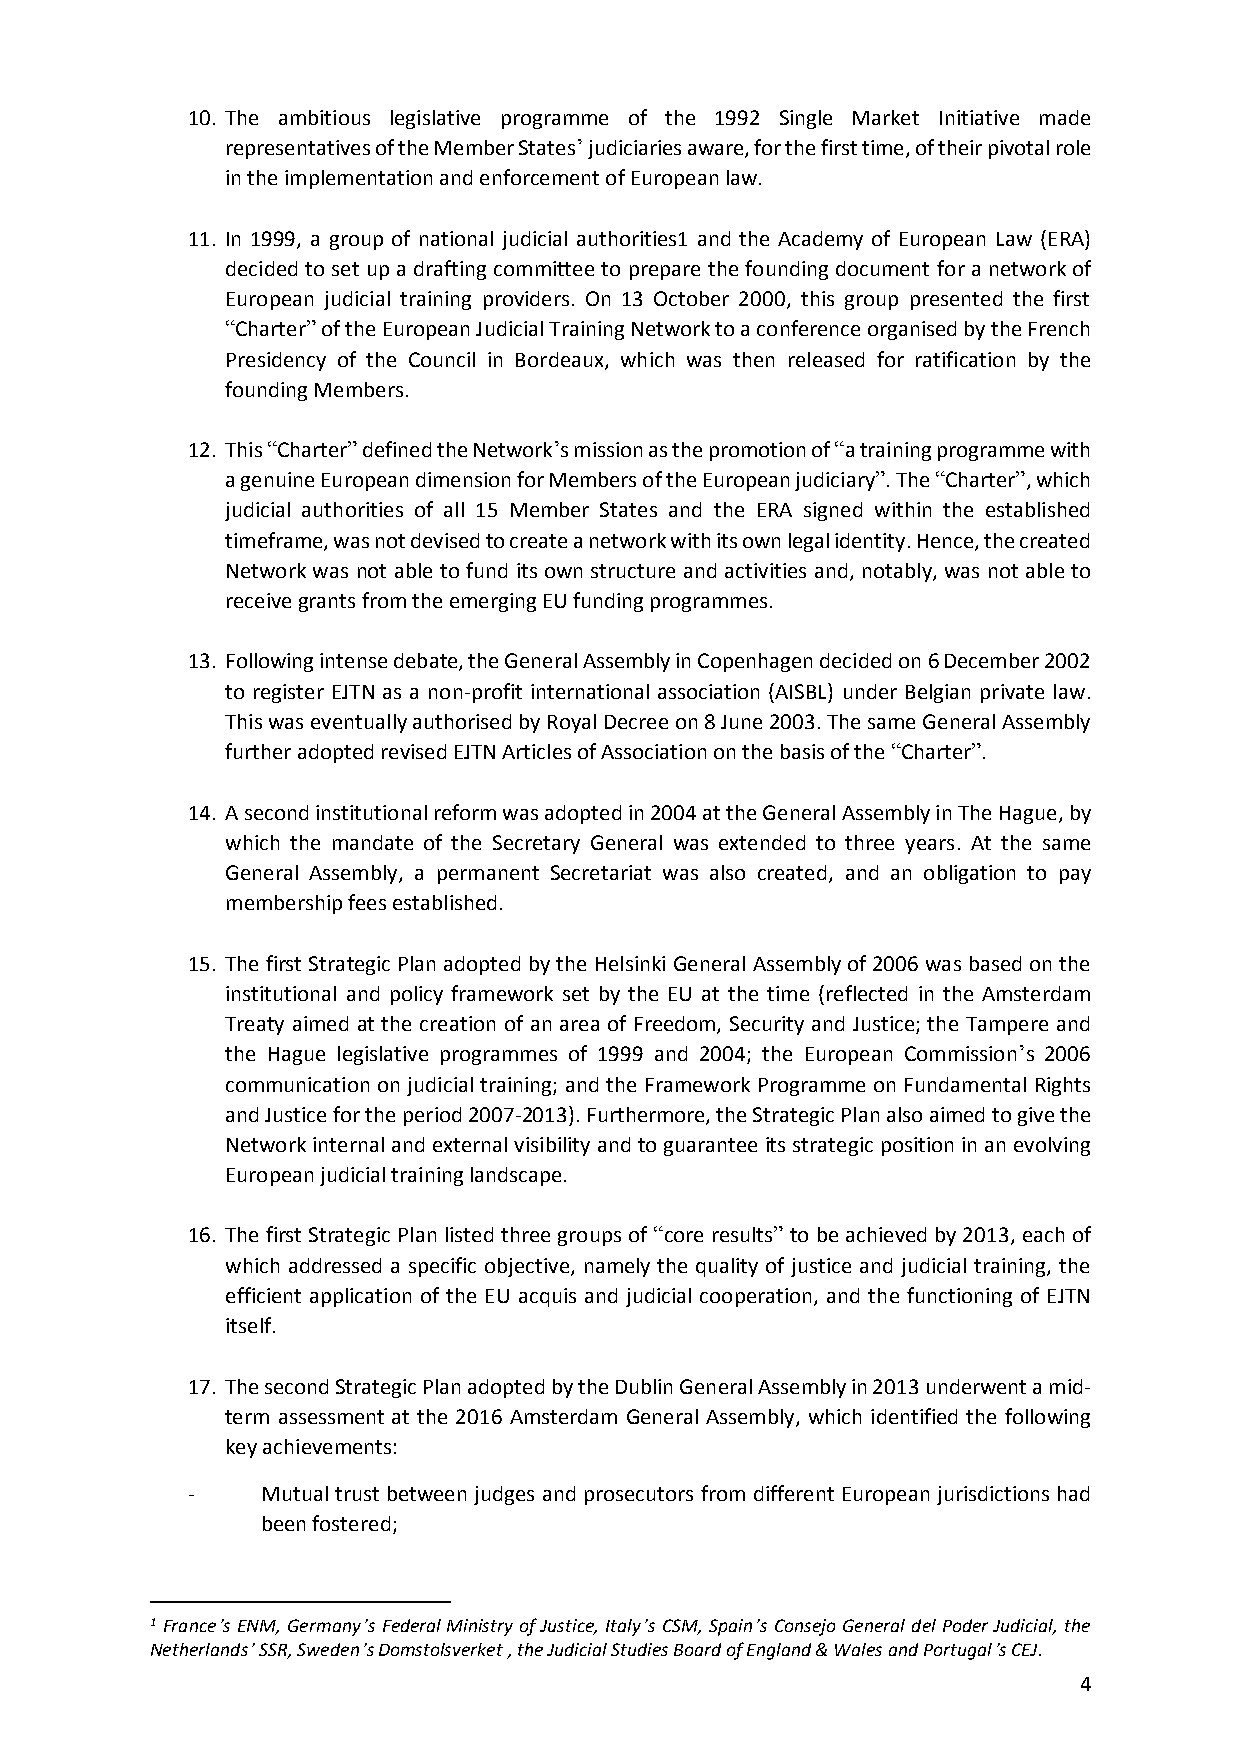
10. The ambitious legislative programme of the 1992 Single Market Initiative made
 representatives of the Member States’ judiciaries aware, for the first time, of their pivotal role
 in the implementation and enforcement of European law.
 11. In 1999, a group of national judicial authorities1 and the Academy of European Law (ERA)
 decided to set up a drafting committee to prepare the founding document for a network of
 European judicial training providers. On 13 October 2000, this group presented the first
 “Charter” of the European Judicial Training Network to a conference organised by the French
 Presidency of the Council in Bordeaux, which was then released for ratification by the
 founding Members.
 12. This “Charter” defined the Network’s mission as the promotion of “a training programme with
 a genuine European dimension for Members of the European judiciary”. The “Charter”, which
 judicial authorities of all 15 Member States and the ERA signed within the established
 timeframe, was not devised to create a network with its own legal identity. Hence, the created
 Network was not able to fund its own structure and activities and, notably, was not able to
 receive grants from the emerging EU funding programmes.
 13. Following intense debate, the General Assembly in Copenhagen decided on 6 December 2002
 to register EJTN as a non-profit international association (AISBL) under Belgian private law.
 This was eventually authorised by Royal Decree on 8 June 2003. The same General Assembly
 further adopted revised EJTN Articles of Association on the basis of the “Charter”.
 14. A second institutional reform was adopted in 2004 at the General Assembly in The Hague, by
 which the mandate of the Secretary General was extended to three years. At the same
 General Assembly, a permanent Secretariat was also created, and an obligation to pay
 membership fees established.
 15. The first Strategic Plan adopted by the Helsinki General Assembly of 2006 was based on the
 institutional and policy framework set by the EU at the time (reflected in the Amsterdam
 Treaty aimed at the creation of an area of Freedom, Security and Justice; the Tampere and
 the Hague legislative programmes of 1999 and 2004; the European Commission’s 2006
 communication on judicial training; and the Framework Programme on Fundamental Rights
 and Justice for the period 2007-2013). Furthermore, the Strategic Plan also aimed to give the
 Network internal and external visibility and to guarantee its strategic position in an evolving
 European judicial training landscape.
 16. The first Strategic Plan listed three groups of “core results” to be achieved by 2013, each of
 which addressed a specific objective, namely the quality of justice and judicial training, the
 efficient application of the EU acquis and judicial cooperation, and the functioning of EJTN
 itself.
 17. The second Strategic Plan adopted by the Dublin General Assembly in 2013 underwent a mid-
 term assessment at the 2016 Amsterdam General Assembly, which identified the following
 key achievements:
 -    Mutual trust between judges and prosecutors from different European jurisdictions had
 been fostered;
 1 France’s ENM, Germany’s Federal Ministry of Justice, Italy’s CSM, Spain’s Consejo General del Poder Judicial, the
 Netherlands’ SSR, Sweden’s Domstolsverket , the Judicial Studies Board of England & Wales and Portugal’s CEJ.
 4